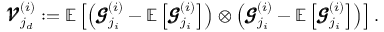
\pmb { \mathscr { V } } _ { j _ { d } } ^ { ( i ) } : = \mathbb { E } \left[ \left( \pmb { \mathscr { G } } _ { j _ { i } } ^ { ( i ) } - \mathbb { E } \left[ \pmb { \mathscr { G } } _ { j _ { i } } ^ { ( i ) } \right] \right) \otimes \left( \pmb { \mathscr { G } } _ { j _ { i } } ^ { ( i ) } - \mathbb { E } \left[ \pmb { \mathscr { G } } _ { j _ { i } } ^ { ( i ) } \right] \right) \right] .